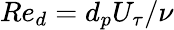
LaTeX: Re_{d}=d_{p}U_{\tau}/\nu